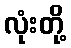
လုံးတို့